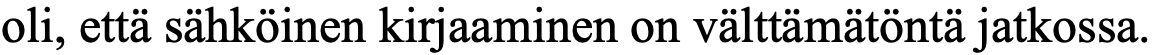
oli, että sähköinen kirjaaminen on välttämätöntä jatkossa.